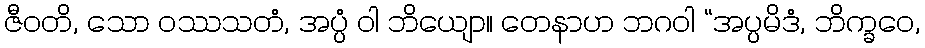
ဇီဝတိ, သော ဝဿသတံ, အပ္ပံ ဝါ ဘိယျော။ တေနာဟ ဘဂဝါ “အပ္ပမိဒံ, ဘိက္ခဝေ,